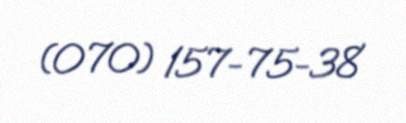
(070) 157-75-38